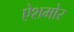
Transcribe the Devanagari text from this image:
ऐशमोर